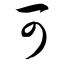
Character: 可